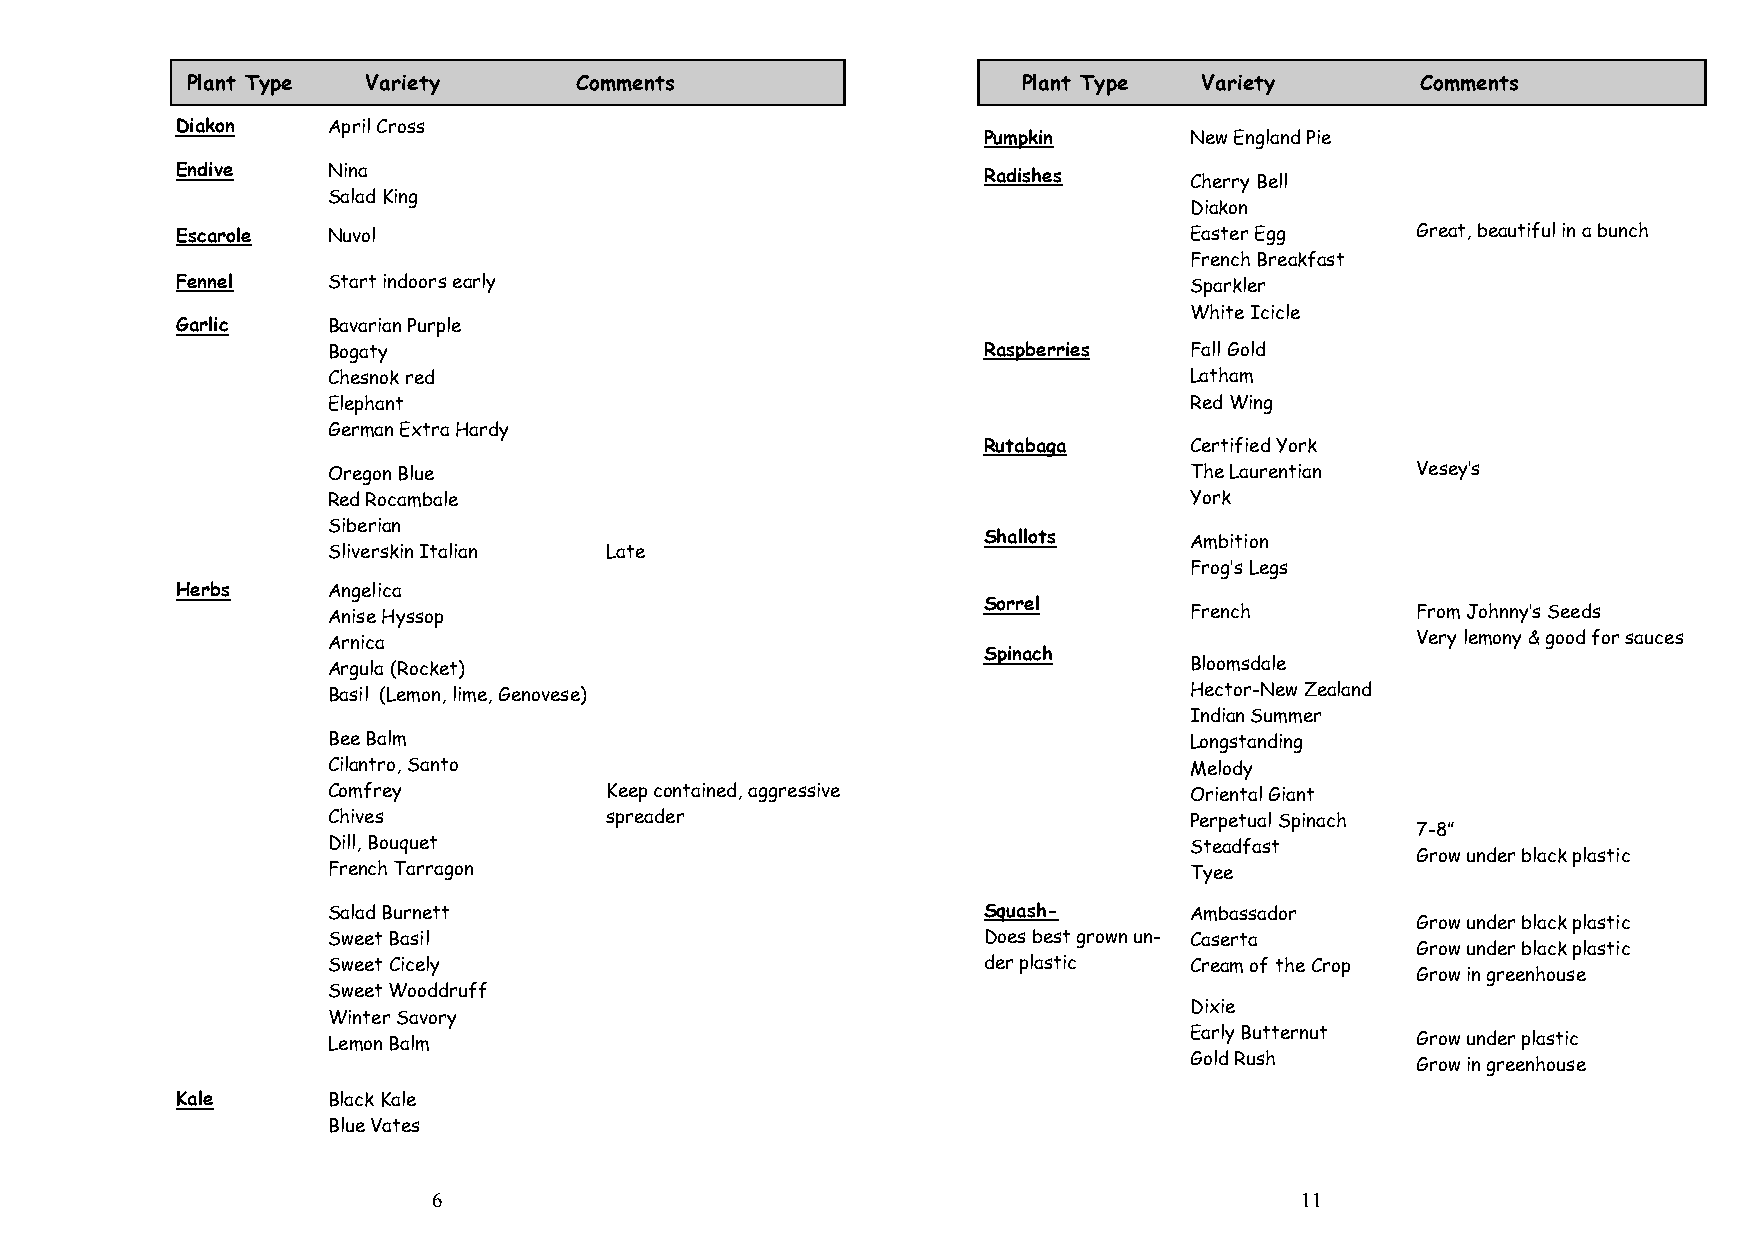
Plant Type  Variety       Comments                      Plant Type Variety        Comments
 Diakon    April Cross
 Pumpkin       New England Pie
 Endive    Nina                                       Radishes
 Cherry Bell
 Salad King
 Diakon
 Escarole  Nuvol                                                    Easter Egg     Great, beautiful in a bunch
 French Breakfast
 Fennel    Start indoors early                                      Sparkler
 White Icicle
 Garlic    Bavarian Purple
 Bogaty                                     Raspberries   Fall Gold
 Chesnok red                                              Latham
 Elephant                                                 Red Wing
 German Extra Hardy
 Rutabaga      Certified York
 Oregon Blue                                              The Laurentian Vesey’s
 Red Rocambale                                            York
 S Si lib ve er ri sa kn
 i n Italian   Late
 S hallots     Ambition
 Frog’s Legs
 Herbs     Angelica
 Sorrel
 Anise Hyssop                                             French         From Johnny’s Seeds
 Arnica                                                                  Very lemony & good for sauces
 Spinach
 Argula (Rocket)                                          Bloomsdale
 Basil (Lemon, lime, Genovese)                            Hector-New Zealand
 Indian Summer
 Bee Balm                                                 Longstanding
 Cilantro, Santo                                          Melody
 Comfrey           Keep contained, aggressive             Oriental Giant
 Chives            spreader                               Perpetual Spinach
 7-8”
 Dill, Bouquet                                            Steadfast
 Grow under black plastic
 French Tarragon                                          Tyee
 Salad Burnett                              Squash-       Ambassador
 Grow under black plastic
 Sweet Basil                                Does best grown un- Caserta
 Grow under black plastic
 Sweet Cicely                               der plastic   Cream of the Crop
 Grow in greenhouse
 Sweet Wooddruff
 Winter Savory
 Dixie
 Lemon Balm                                               Early Butternut Grow under plastic
 Gold Rush      Grow in greenhouse
 Kale      Black Kale
 Blue Vates
 6                                                        11